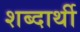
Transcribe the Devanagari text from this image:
शब्दार्थी